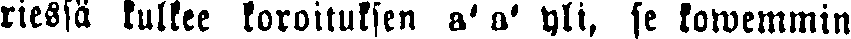
riessä kulkee koroituksen a' a' yli, se kowemmin